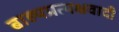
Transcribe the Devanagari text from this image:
बाह्यप्रत्यक्षवादी